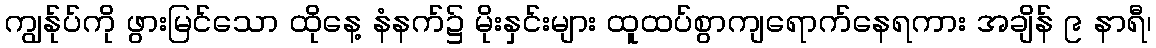
ကျွန်ုပ်ကို ဖွားမြင်သော ထိုနေ့ နံနက်၌ မိုးနှင်းများ ထူထပ်စွာကျရောက်နေရကား အချိန် ၉ နာရီ၊